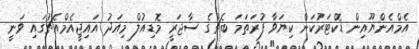
އެމްއެންޔޫއިން ޑޮކްޓަރުކަން ކިޔަވާ ފުރަތަމަ ބެޗުގެ ސާޖަރީ މޮޑިއުލް މިއަދު އައިޖީއެމްއެޗުގައި ވަނީ